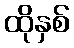
ထိုနှစ်